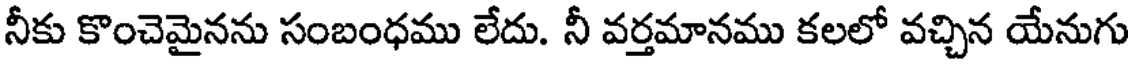
నీకు కొంచెమైనను సంబంధము లేదు. నీ వర్తమానము కలలో వచ్చిన యేనుగు